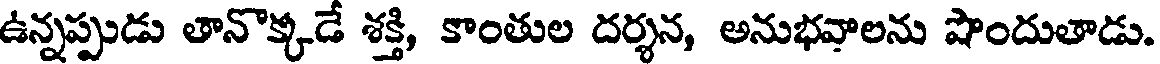
ఉన్నప్పుడు తానొక్కడే శక్తి, కాంతుల దర్శన, అనుభవాలను షొందుతాడు.